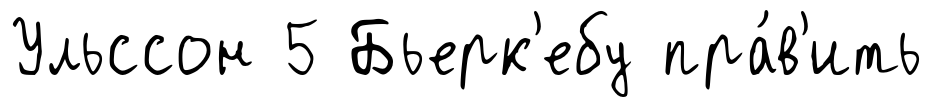
Ульссон 5 Бьерк'ебу пра́в'ить